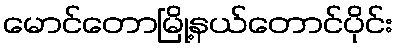
မောင်တောမြို့နယ်တောင်ပိုင်း